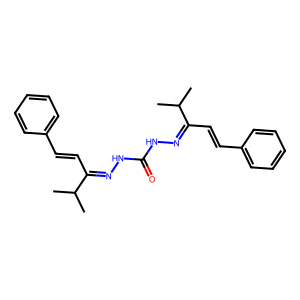
SMILES: CC(C)C(C=Cc1ccccc1)=NNC(=O)NN=C(C=Cc1ccccc1)C(C)C
Inhibits HIV replication: No